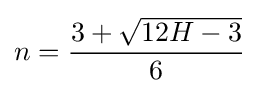
n={\frac {3+{\sqrt {12H-3}}}{6}}